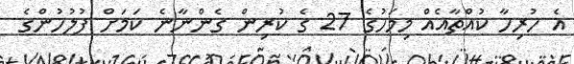
އެ ހުރިހާ ކުއްތާއެއް މިމަހުގެ 27 ގެ ކުރިން ގެންނާނެ ކަމަށް ފުލުހުންގެ